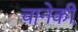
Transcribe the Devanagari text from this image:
चानेकी